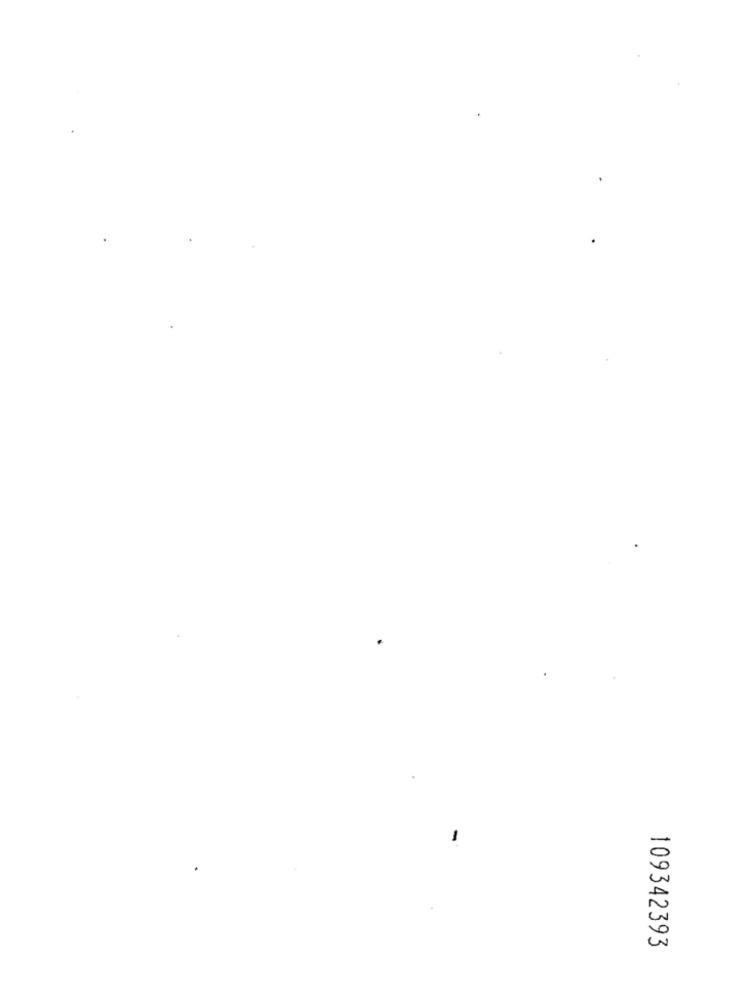
109342393